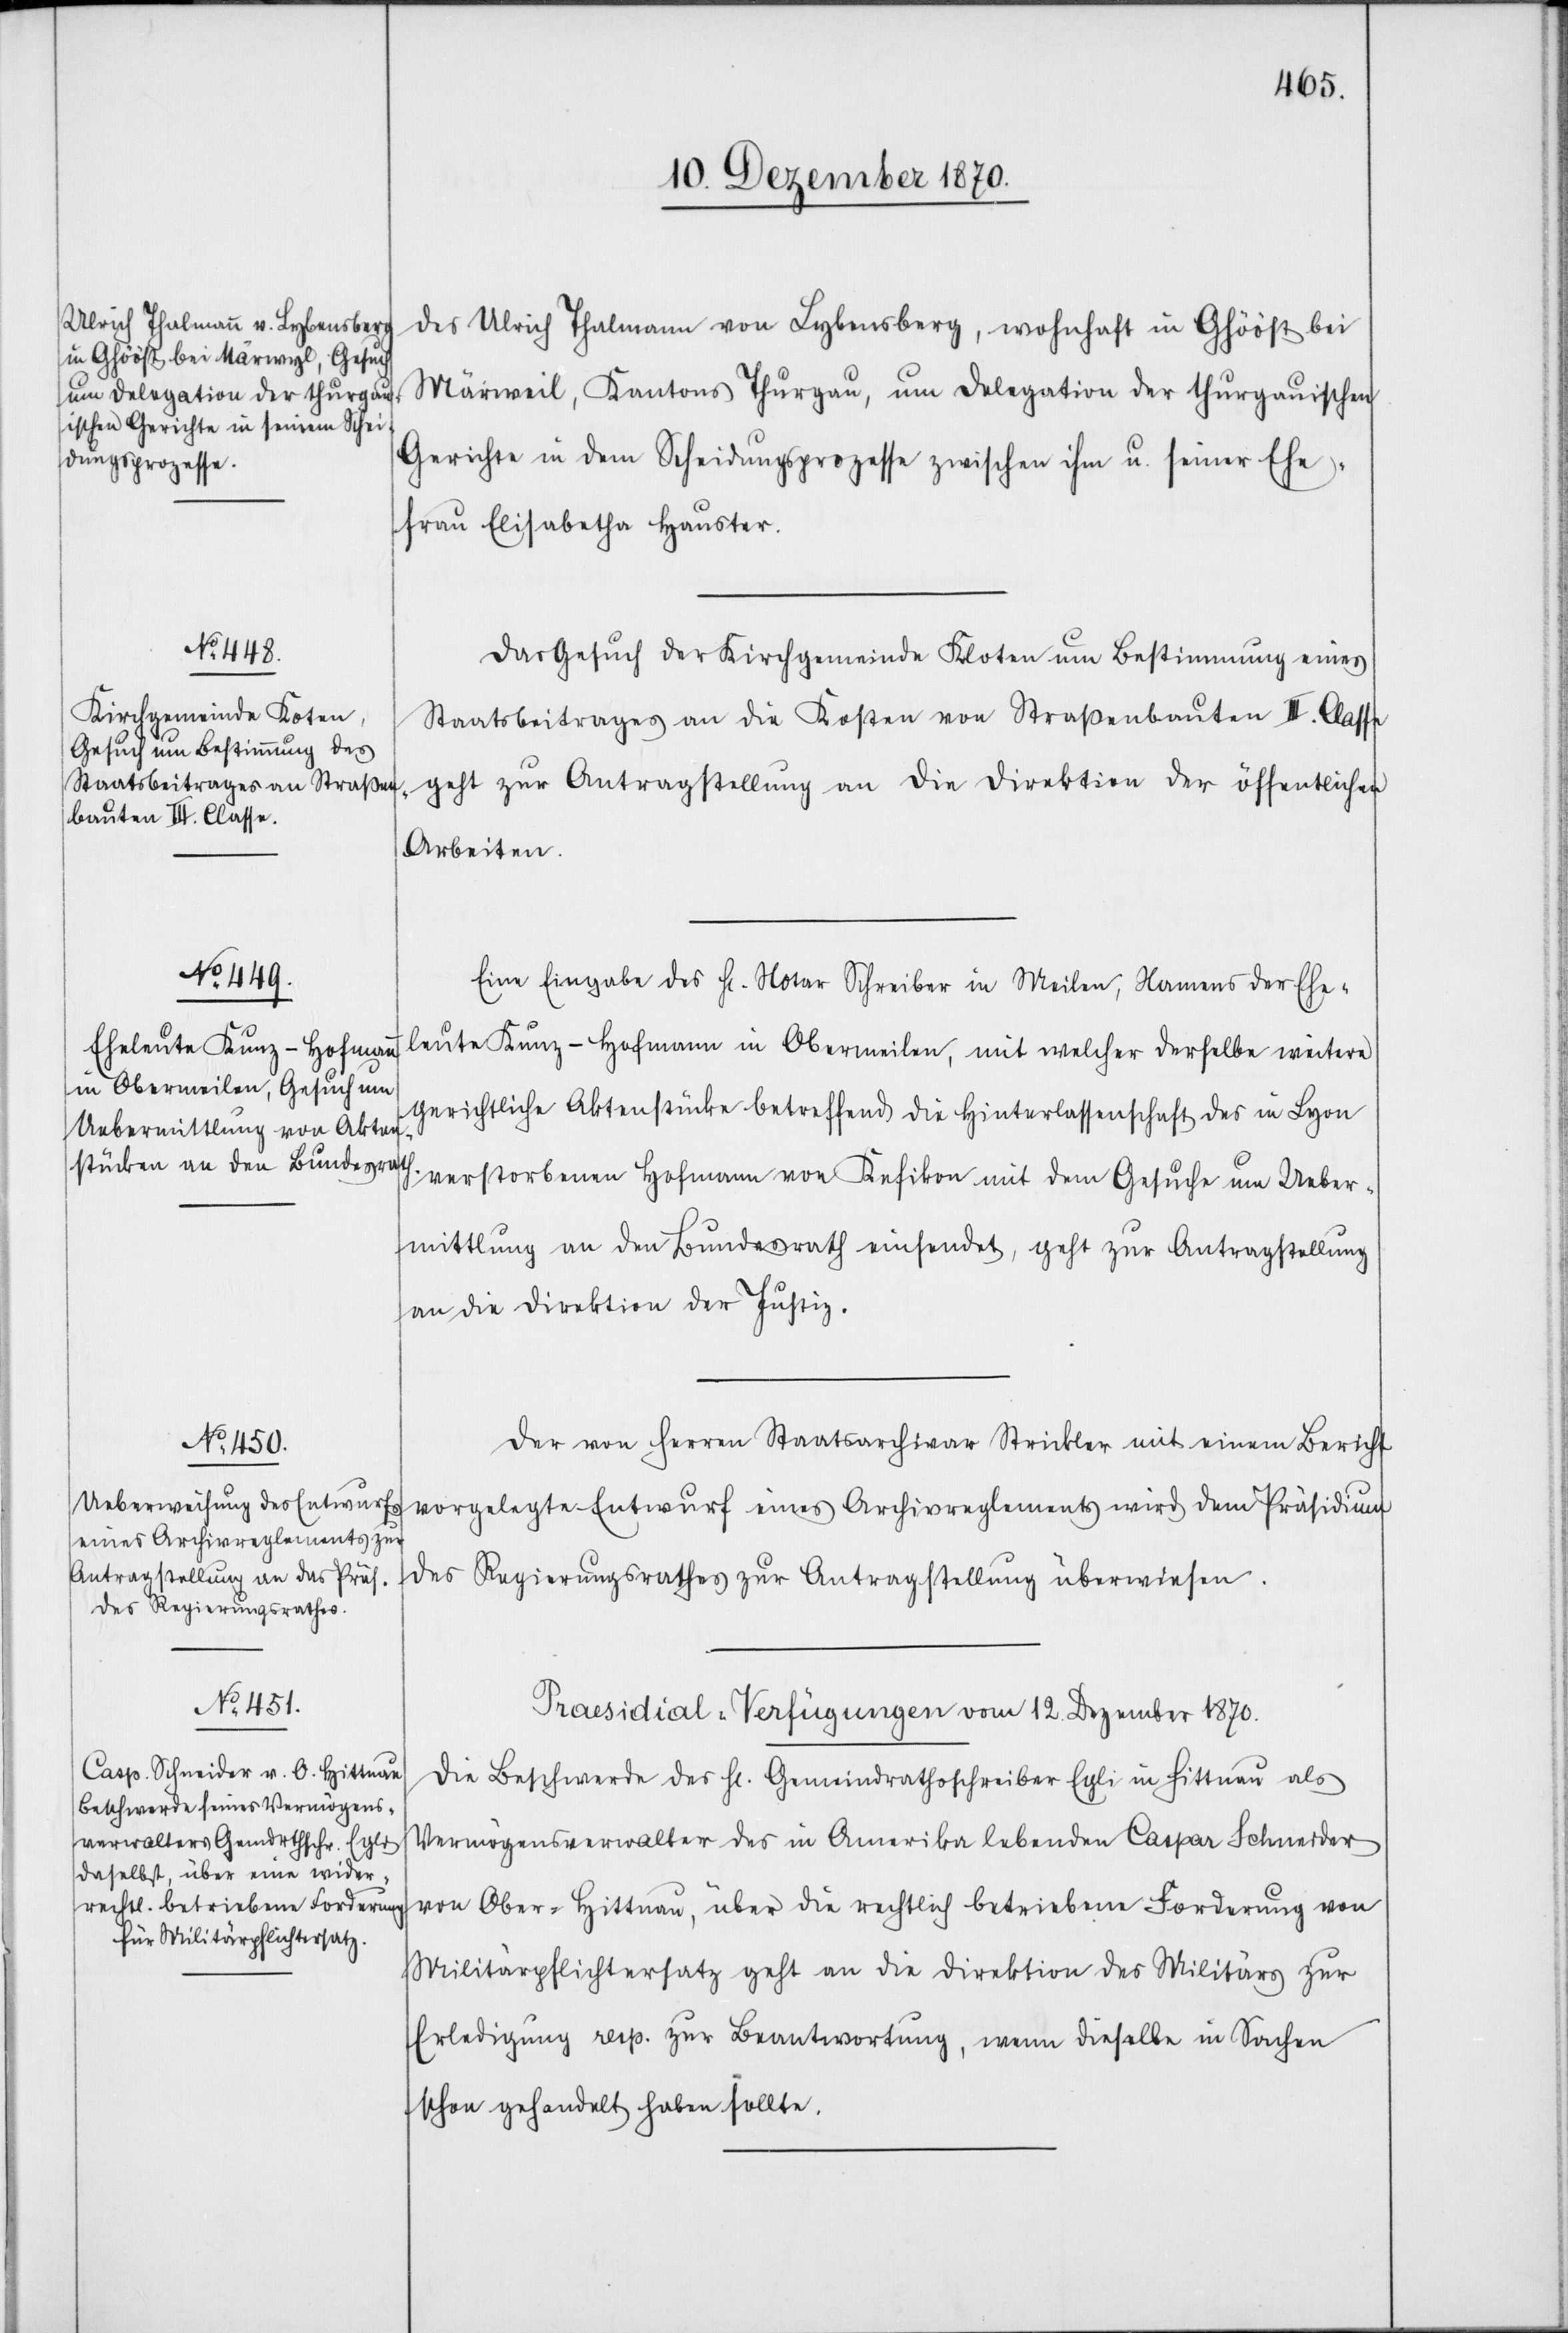
10. Dezember 1870.]
des Ulrich Thalmann von Lybensberg, wohnhaft in Ghööst bei
Märweil, Kantons Thurgau, um Delegation der thurgauischen
Gerichte in dem Scheidungsprozesse zwischen ihm u. seiner Ehe¬
frau Elisabetha Hauster.
Das Gesuch der Kirchgemeinde Kloten um Bestimmung eines
Staatsbeitrages an die Kosten von Straßenbauten III. Classe
geht zur Antragstellung an die Direktion der öffentlichen
Arbeiten.
Eine Eingabe des H[errn] Notar Schreiber in Meilen, Namens der Ehe¬
leute Kunz-Hofmann in Obermeilen, mit welcher derselbe weitere
gerichtliche Aktenstücke betreffend die Hinterlassenschaft des in Lyon
verstorbenen Hofmann von Kefikon mit dem Gesuche um Ueber¬
mittlung an den Bundesrath einsendet, geht zur Antragstellung
an die Direktion der Justiz.
Der von Herren Staatsarchivar Strickler mit einem Bericht
vorgelegte Entwurf eines Archivreglements wird dem Präsidium
des
Regierungsrathes zur Antragstellung überwiesen.
Praesidial-Verfügungen vom 12. Dezember 1870.
Die Beschwerde des H[errn] Gemeindrathsschreiber Egli in Hittnau als
Vermögensverwalter des in Amerika lebenden Caspar Schneider
von Ober-Hittnau, über die rechtlich betriebene Forderung von
Militärpflichtersatz geht an die Direktion des Militärs zur
Erledigung resp. zur Beantwortung, wenn dieselbe in Sachen
schon gehandelt haben sollte.